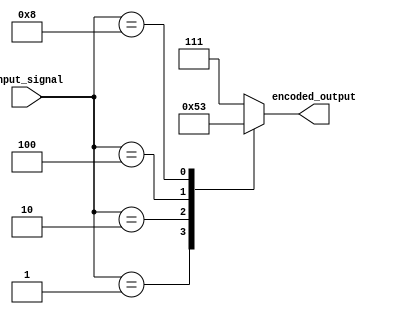
module Encoder (
    input [7:0] input_signal,
    output reg [2:0] encoded_output
);

always @* begin
    case(input_signal)
        8'b00000001: encoded_output = 3'b000; //example of priority encoding
        8'b00000010: encoded_output = 3'b001;
        8'b00000100: encoded_output = 3'b010;
        8'b00001000: encoded_output = 3'b011;
        default: encoded_output = 3'b111; //default encoding for other inputs
    endcase
end

endmodule